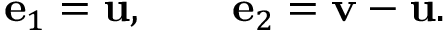
\mathbf { e } _ { 1 } = \mathbf { u } , \qquad \mathbf { e } _ { 2 } = \mathbf { v } - \mathbf { u } .